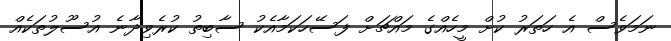
ނަމަވެސް އެ ހަތަރު ކުށް މީހެއްގެ މައްޗަށް ފަސޭހަކަމާއެކު ސާބިތު ކުރެވިދާނެ އުސޫލުތަކެއް